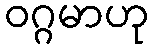
ဝဂ္ဂမာဟု